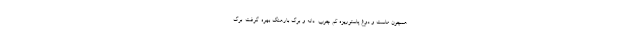
همچون ماست و دوغ پاستوریزه کم چرب  دانه و برگ بارهنگ بهره گرفت .برگ